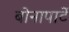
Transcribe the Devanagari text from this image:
बोनापार्टे